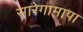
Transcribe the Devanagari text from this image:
सारेगामापा